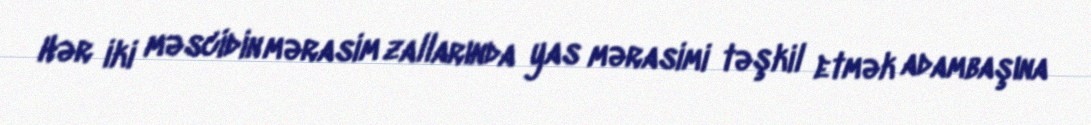
Hər iki məscidin mərasim zallarında yas mərasimi təşkil etmək adambaşına